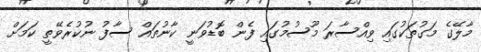
މާލޭގެ މަގުތަކުގައި ވިއްސާރަ މޫސުމުގައި ފެން ބޮޑުވަނީ ކާނުތައް ސާފު ނުކުރެވޭތީ ކަމަށް